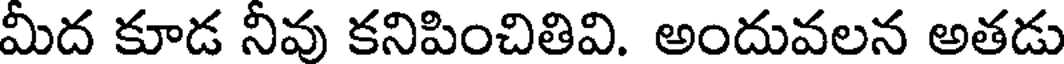
మీద కూడ నీవు కనిపించితివి. అందువలన అతడు